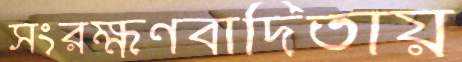
সংরক্ষণবাদিতায়